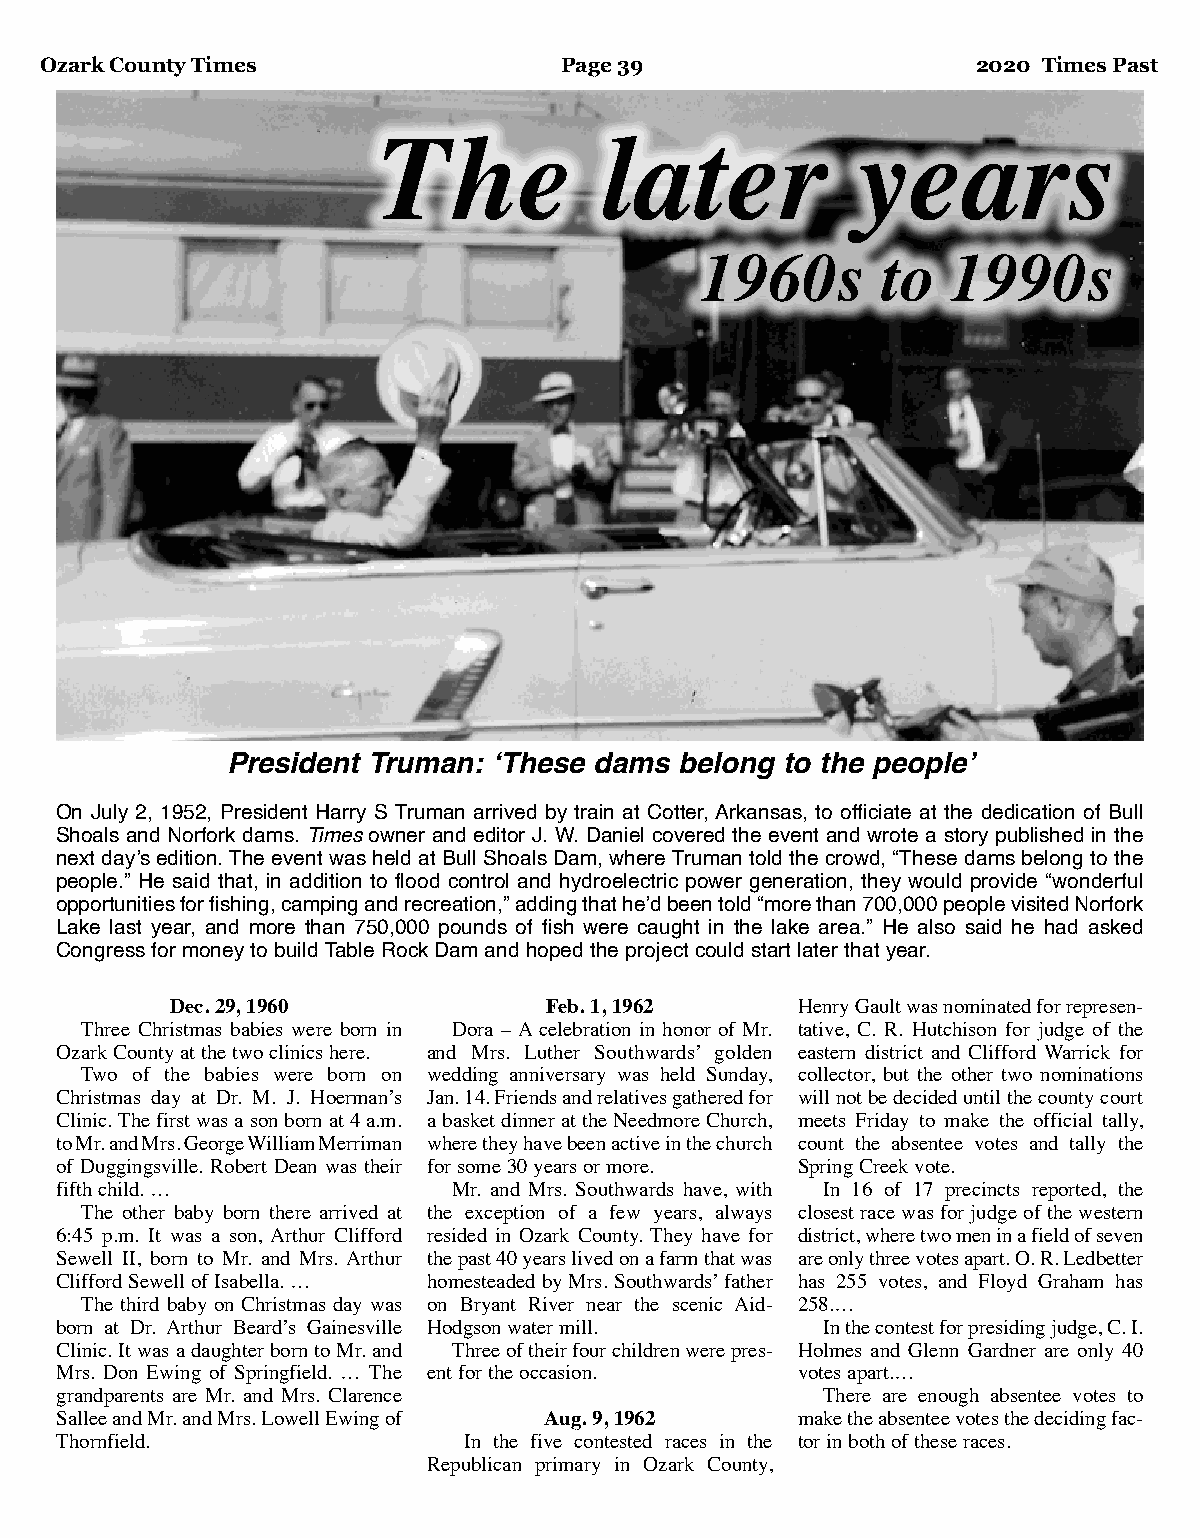
Ozark County Times                Page 39                     2020 Times Past
 The            later            years
 1960s       to   1990s
 President Truman: ‘These dams belong to the people’
 On July 2, 1952, President Harry S Truman arrived by train at Cotter, Arkansas, to officiate at the dedication of Bull
 Shoals and Norfork dams. Times owner and editor J. W. Daniel covered the event and wrote a story published in the
 next day’s edition. The event was held at Bull Shoals Dam, where Truman told the crowd, “These dams belong to the
 people.” He said that, in addition to flood control and hydroelectric power generation, they would provide “wonderful
 opportunities for fishing, camping and recreation,” adding that he’d been told “more than 700,000 people visited Norfork
 Lake last year, and more than 750,000 pounds of fish were caught in the lake area.” He also said he had asked
 Congress for money to build Table Rock Dam and hoped the project could start later that year.
 Dec. 29, 1960            Feb. 1, 1962     Henry Gault was nominated for represen-
 Three Christmas babies were born in Dora – A celebration in honor of Mr. tative, C. R. Hutchison for judge of the
 Ozark County at the two clinics here. and Mrs. Luther Southwards’ golden eastern district and Clifford Warrick for
 Two of the babies were born on wedding anniversary was held Sunday, collector, but the other two nominations
 Christmas day at Dr. M. J. Hoerman’s Jan. 14. Friends and relatives gathered for will not be decided until the county court
 Clinic. The first was a son born at 4 a.m. a basket dinner at the Needmore Church, meets Friday to make the official tally,
 to Mr. and Mrs. George William Merriman where they have been active in the church count the absentee votes and tally the
 of Duggingsville. Robert Dean was their for some 30 years or more. Spring Creek vote.
 fifth child. …            Mr. and Mrs. Southwards have, with In 16 of 17 precincts reported, the
 The other baby born there arrived at the exception of a few years, always closest race was for judge of the western
 6:45 p.m. It was a son, Arthur Clifford resided in Ozark County. They have for district, where two men in a field of seven
 Sewell II, born to Mr. and Mrs. Arthur the past 40 years lived on a farm that was are only three votes apart. O. R. Ledbetter
 Clifford Sewell of Isabella. … homesteaded by Mrs. Southwards’ father has 255 votes, and Floyd Graham has
 The third baby on Christmas day was on Bryant River near the scenic Aid- 258.…
 born at Dr. Arthur Beard’s Gainesville Hodgson water mill. In the contest for presiding judge, C. I.
 Clinic. It was a daughter born to Mr. and Three of their four children were pres- Holmes and Glenn Gardner are only 40
 Mrs. Don Ewing of Springfield. … The ent for the occasion. votes apart.…
 grandparents are Mr. and Mrs. Clarence            There are enough absentee votes to
 Sallee and Mr. and Mrs. Lowell Ewing of Aug. 9, 1962 make the absentee votes the deciding fac-
 Thornfield.                In the five contested races in the tor in both of these races.
 Republican primary in Ozark County,